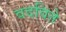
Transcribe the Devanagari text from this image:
वदविते